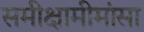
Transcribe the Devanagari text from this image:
समीक्षामीमांसा